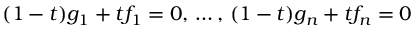
( 1 - t ) g _ { 1 } + t f _ { 1 } = 0 , \, \ldots , \, ( 1 - t ) g _ { n } + t f _ { n } = 0